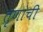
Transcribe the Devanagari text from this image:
तृणांची